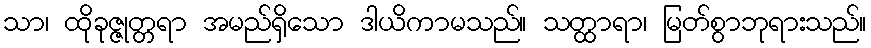
သာ၊ ထိုခုဇ္ဇုတ္တရာ အမည်ရှိသော ဒါယိကာမသည်။ သတ္ထာရာ၊ မြတ်စွာဘုရားသည်။